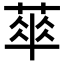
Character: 𬝨